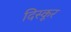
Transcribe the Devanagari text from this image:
दिस्कूर